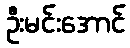
ဦးမင်းအောင်